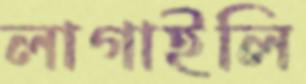
লাগাইলি